system: You are a helpful assistant.
user:
Analyze the provided spectrum to determine if it is a **"Cataclysmic Variables (CV)"**.

- **Key Indicators for CV (Check for either state):**
    - **State 1: Quiescent / Low-State (Emission-Dominated)**
        - **(Primary):** Strong and *very broad* Hydrogen Balmer emission lines (e.g., $H\alpha$ at 6563 Å, $H\beta$ at 4861 Å). The 'broadness' (high velocity dispersion, often FWHM > 1000 km/s) is the key diagnostic, indicating a high-velocity accretion disk.
        - **(Secondary):** Broad neutral Helium (He I) emission lines (e.g., 5876 Å, 6678 Å).
        - **(Key Confirmation):** Presence of high-excitation *ionized* Helium (He II) emission at 4686 Å. This is a strong indicator of accretion onto a white dwarf.
        - **(Line Profile):** Emission lines may exhibit a 'double-peaked' profile, which is a classic signature of a rotating accretion disk viewed at high inclination.

    - **State 2: Outburst / High-State (Absorption-Dominated)**
        - **(Primary):** Spectrum is dominated by a bright, blue continuum (looks like a hot star).
        - **(Secondary):** The emission lines from State 1 are weak, absent, or 'filled in', and are replaced by broad, shallow *absorption* lines (primarily Balmer and He I).
        - **(Morphology):** The overall spectrum mimics a hot B/A-type star. The crucial difference is that the absorption lines are significantly broader, shallower, and more 'washed-out' (or 'smeared') than the sharp lines of a normal stellar photosphere, due to high rotational speeds and pressure broadening in the disk.

Think first, call **spectral_visualization_tool** if needed to examine features in detail, then provide your final answer. Your response must adhere to the following strict rules:
1.  **Overall Structure:** Your response must follow the format `<think>...</think> <tool_call>...</tool_call> (if a tool is used) <answer>...</answer>`.
2.  **Tool Usage Constraint:** You may only make **one** tool call per turn.
3.  **Final Answer Format:** In the `<answer>` tag, your conclusion must be inside a `\boxed{}` command (e.g., `\boxed{YES}`), followed by your justification.

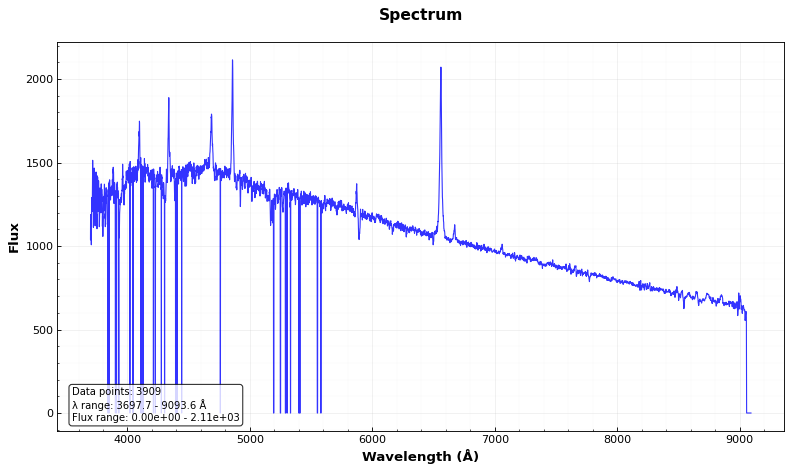
Answer: YES